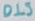
Text: DLS